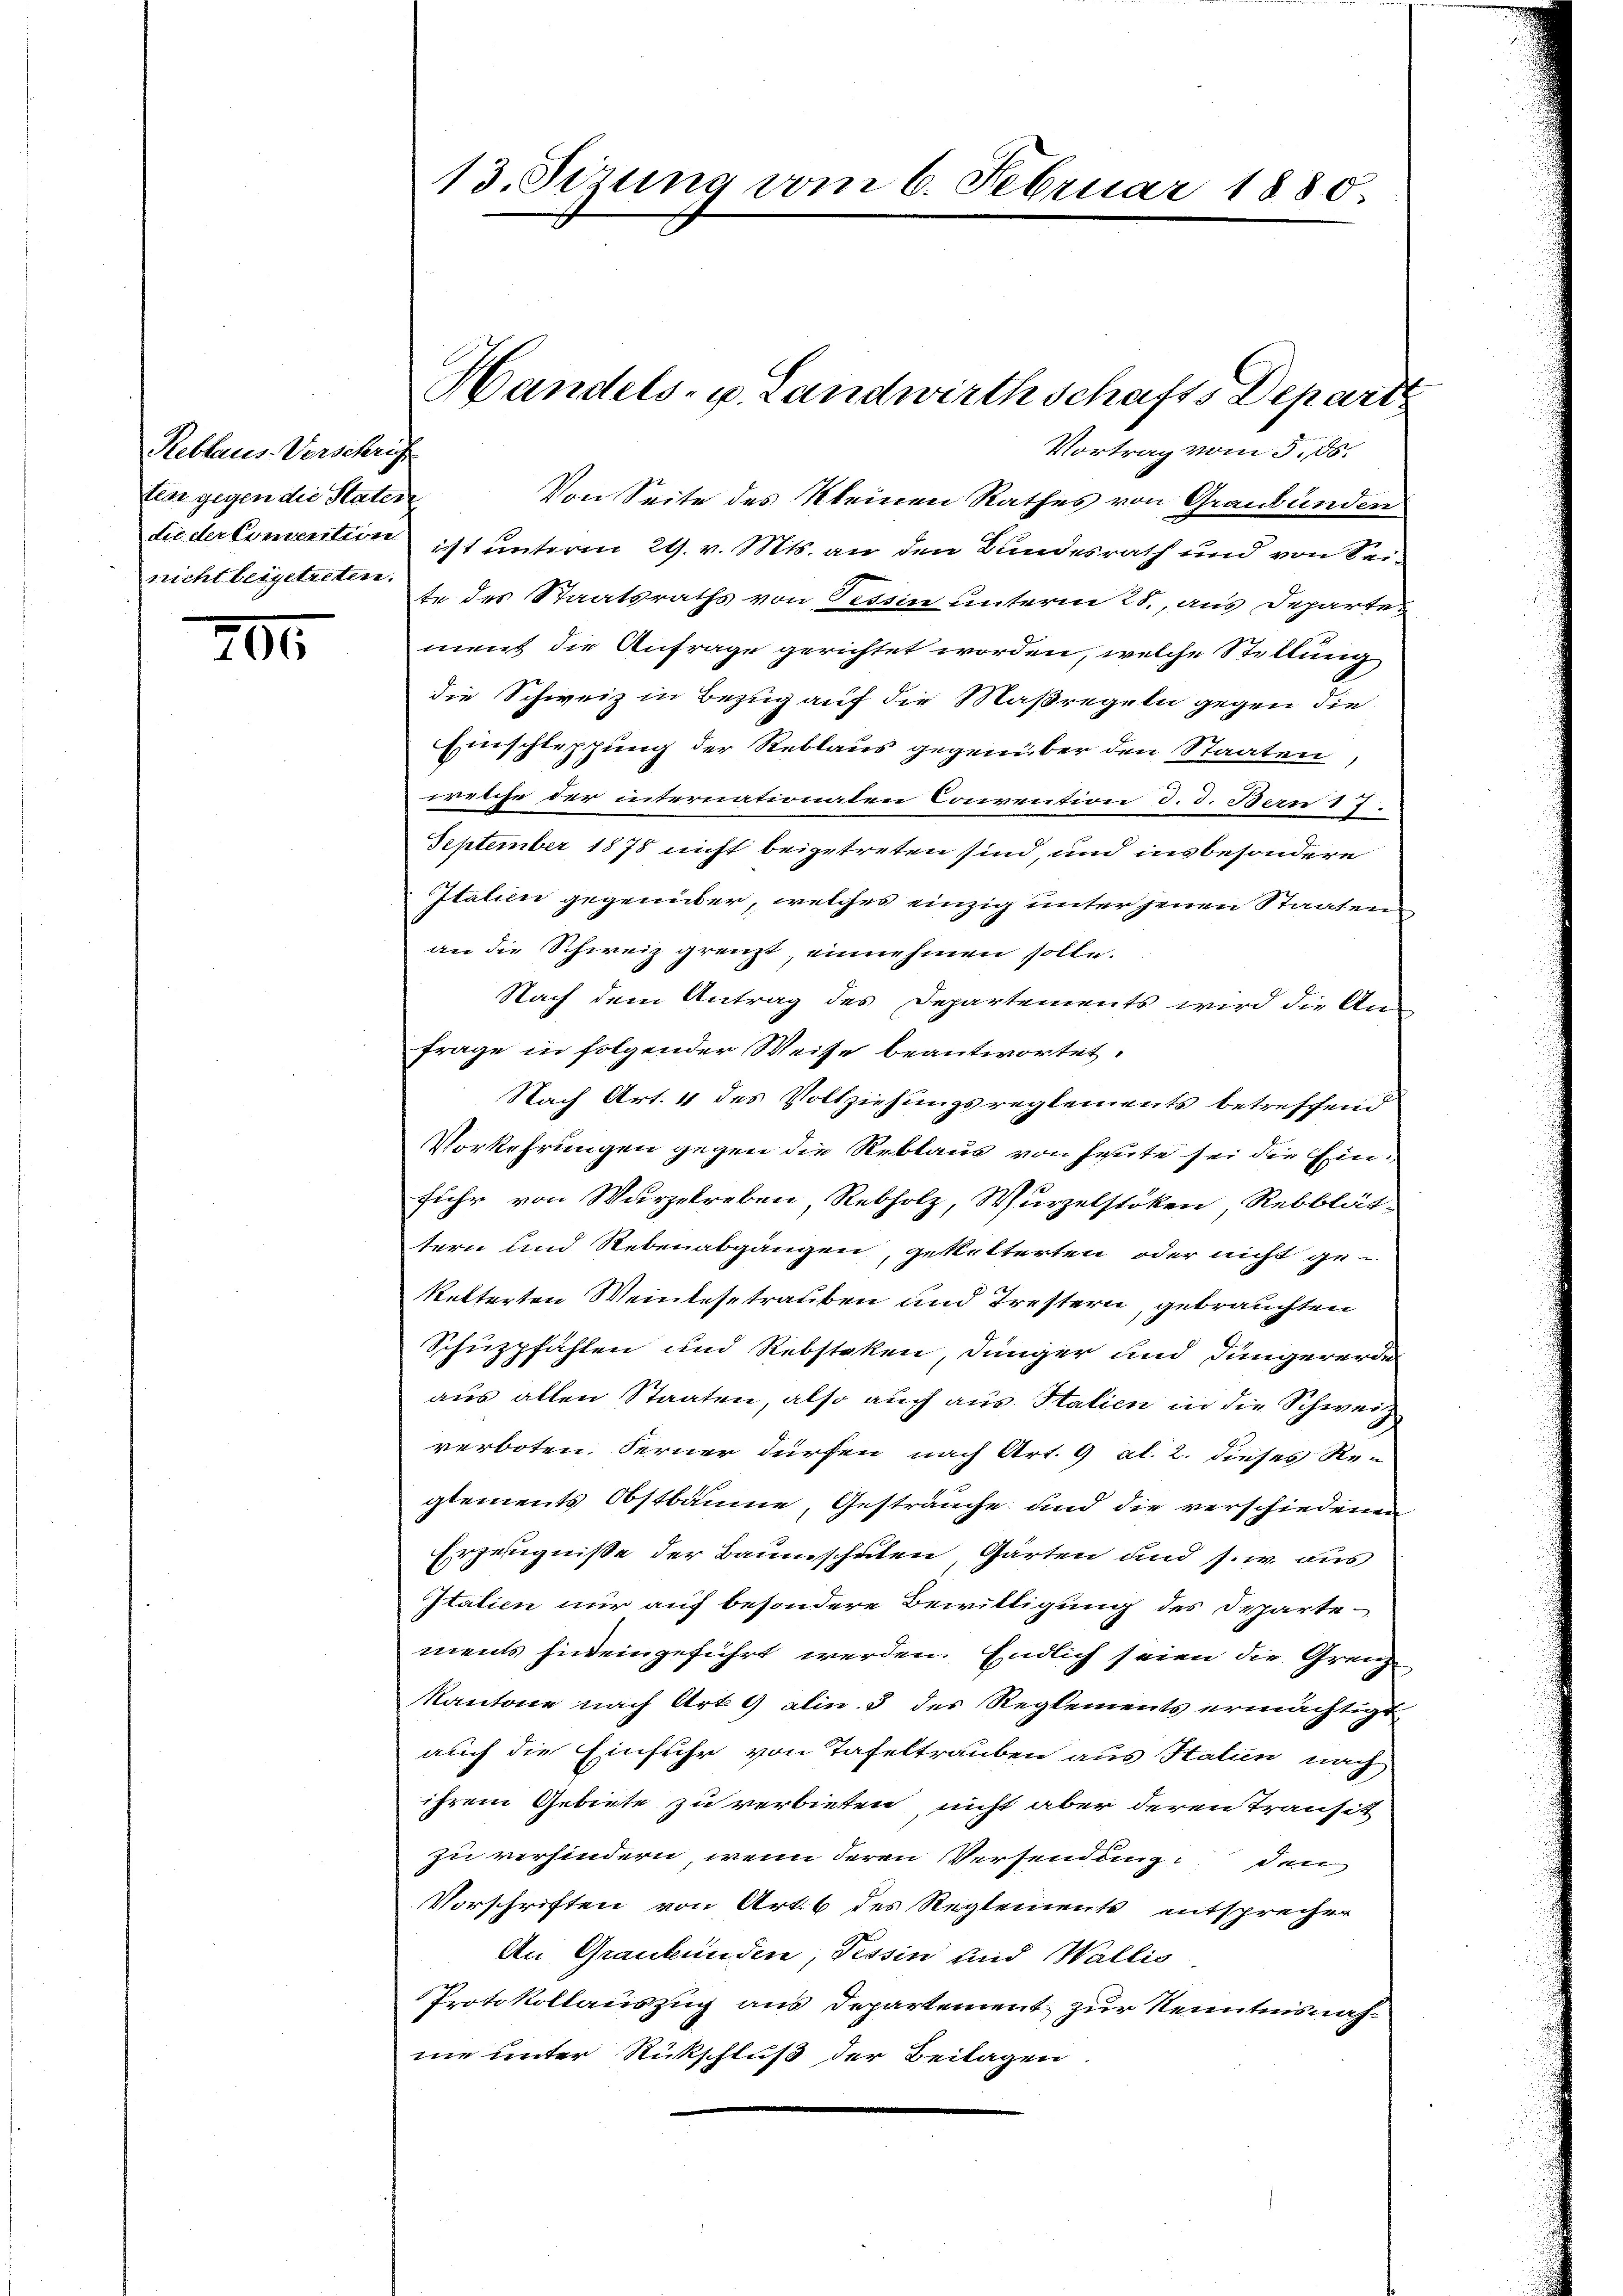
Reblaus Verschrift
tear gegen die Pater
nicht beigetreten.

205

Von Seite des Kleinen Rathes von Graubünden
Lieder Comention ist unterm 29. v. Mts. an den Bundesrath und von Seite des Staatsraths von Tessin unterm 21., aus Departe-
ment die Anfrage gerichtet worden, welche Stellung
die Schweiz in Bezug auf die Maßregeln gegen die
Einschleppung der Reblaus gegenüber den Staaten,
welche der internationalen Convention d. d. Bern 17.
September 1875 nicht beigetreten sind, und insbesondere
Italien gegenüber, welches einzig unter jenen Staaten
an die Schweiz grenzt, einnehmen solle.
Nach dem Antrag des Departements wird die An-
Frage in folgender Weise beantwortet.
Nach Art. 4 des Vollziehungsreglements betreffend
Vorkehrungen gegen die Reblaus von heute sei die Einfuhr von Wurzelreben, Rebholz, Wurzelstöken, Rebblät-
tern und Rebenabgängen, geketterten oder nicht ge-
Retterten Weinbesetrauben und Trestern, gebrauchten
Schüzpfählen und Rebsteken, Jünger und Düngererde
aus allen Staaten, also auch aus Italien in die Schweiz
verboten. Ferner dürfen nach Art. 9 Al. 2. dieses Re-
glements Obstbäume, Gesträuche und die verschiedenen
Erzeugnisse der Baumschulen, Garten und s. w. aus
Italien nur auf besondere Bewilligung des Scharte-
ments hineingeführt werden. Endlich seien die Grenze
Kantone nach Art. 9 alin 3 des Reglements ermächtigt
auch die Einfuhr von Tafeltrauben aus Halien nach
ihrem Gebiete zu verbieten, nicht aber deren Transit
zu verhindern, wenn deren Versendung den
Vorschriften von Art. 6 des Reglements entsprechen
An Graubünden, Tessin und Wallis
Protokollauszug aus Departement zur Kenntnisnahne unter Rückschluß der Beilagen

13. Sizung vom 6. Februar 1880.

Handels- u. Landwirthschafts Depart
Vortrag vom 5. ds.